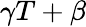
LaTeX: \gamma T+\beta